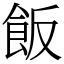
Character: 飯